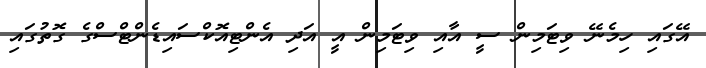
އޭގައި ހިމެނޭ ވިޓަމިން ސީ އާއި ވިޓަމިން އީ އަދި އެންޓިއޮކްސައިޑެންޓްސްގެ ގޮތުގައި